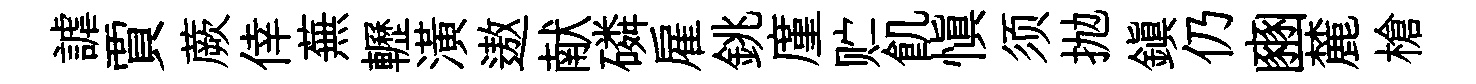
謔賈蕨倖蕪轣潢遨献磷雇銚廑贮飢慎须抛鎭仍豳麓槍